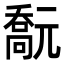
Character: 𠿻